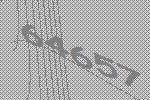
64657